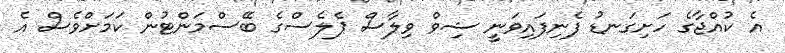
އެ ކުއްޖާގެ ހަށިގަނޑު ފެނިފައިވަނީ ޝިވް ވިލާސް ޕެލެސްގެ ބޭސްމަންޓުން ކަމަށްވެސް އެ